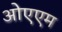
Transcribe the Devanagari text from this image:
ओएएम